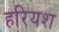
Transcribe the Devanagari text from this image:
हरियश